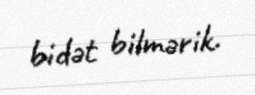
bidət bilmərik.